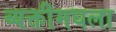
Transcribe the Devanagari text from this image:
व्यक्तीमधला